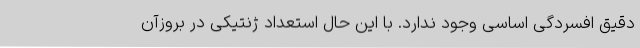
دقیق افسردگی اساسی وجود ندارد. با این حال استعداد ژنتیکی در بروزآن